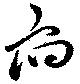
府